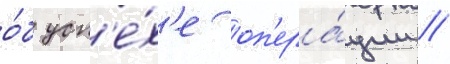
о́б усп'е́х'е оп'ера́ции //